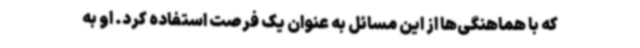
که با هماهنگی‌ها از این مسائل به عنوان یک فرصت استفاده کرد. او به